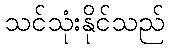
သင်သုံးနိုင်သည်